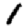
Digit: 1